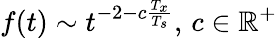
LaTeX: f(t)\sim t^{-2-c\frac{T_{x}}{T_{s}}},\, c\in\mathbb{R}^{+}